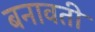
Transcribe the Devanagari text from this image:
बनावती